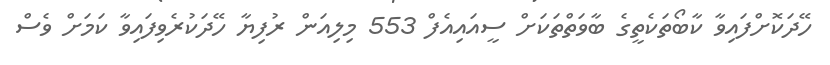
ހޭދަކޮށްފައިވާ ކާބޯތަކެތީގެ ބާވަތްތަކަށް ސީއައިއެފް 553 މިލިއަން ރުފިޔާ ހޭދަކުރެވިފައިވާ ކަމަށް ވެސް